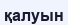
қалуын